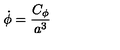
\dot { \phi } = { \frac { C _ { \phi } } { a ^ { 3 } } }